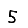
Digit: 5